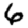
Digit: 6